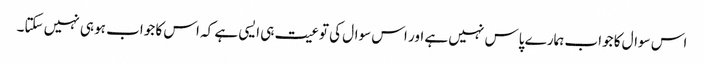
اس سوال کا جواب ہمارے پاس نہیں ہے اور اس سوال کی توعیت ہی ایسی ہے کہ اس کا جواب ہو ہی نہیں سکتا۔